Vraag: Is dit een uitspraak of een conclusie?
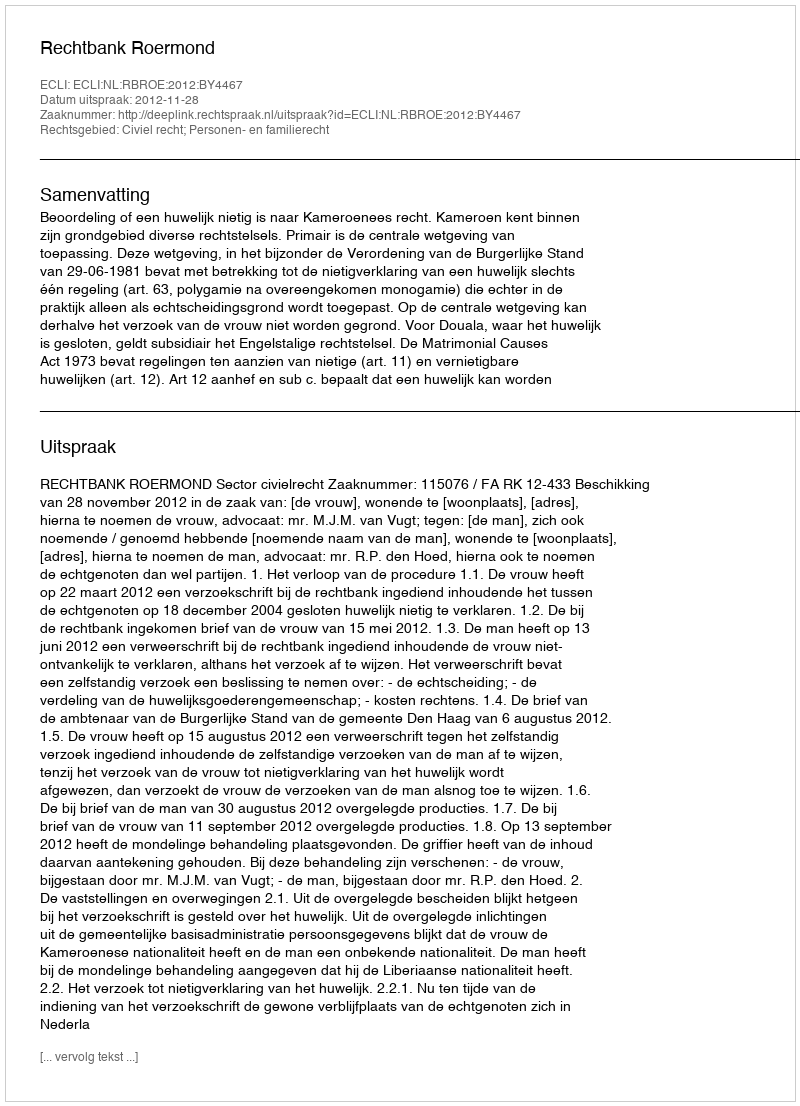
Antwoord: Uitspraak